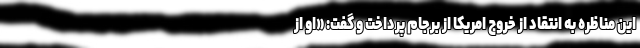
این مناظره به انتقاد از خروج امریکا از برجام پرداخت و گفت: «او از